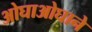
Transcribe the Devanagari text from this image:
ओघाओघाने